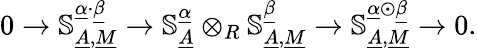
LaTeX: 0\to\mathbb{S}_{\underline{{A}},\underline{{M}}}^{\underline{{\alpha}}\cdot\underline{{\beta}}}\to\mathbb{S}_{\underline{{A}}}^{\underline{{\alpha}}}\otimes_{R}\mathbb{S}_{\underline{{A}},\underline{{M}}}^{\underline{{\beta}}}\to\mathbb{S}_{\underline{{A}},\underline{{M}}}^{\underline{{\alpha}}\odot\underline{{\beta}}}\to 0.